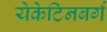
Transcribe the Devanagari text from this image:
येकेटिनबर्ग